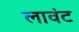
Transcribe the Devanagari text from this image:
लावंट